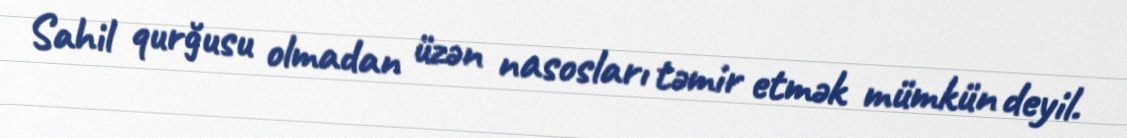
Sahil qurğusu olmadan üzən nasosları təmir etmək mümkün deyil.